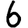
Digit: 6